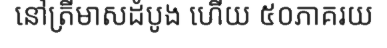
នៅត្រីមាសដំបូង ហើយ ៥០ភាគរយ